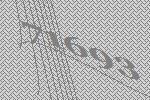
71693